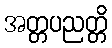
အတ္တပညတ္တိ